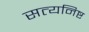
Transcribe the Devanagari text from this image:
सत्यनिष्ट